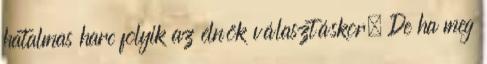
hatalmas harc folyik az elnök választáskor. De ha meg